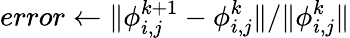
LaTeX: error\leftarrow\| \phi_{i,j}^{k+1}-\phi_{i,j}^{k}\| /\| \phi_{i,j}^{k}\|